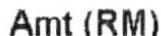
AMT (RM)